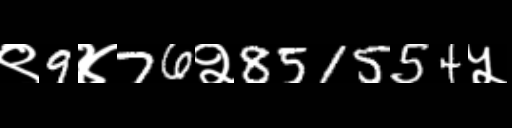
Text: ९9४76२851554५